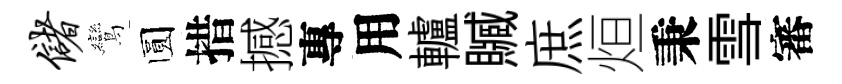
储鸞圆措撼專用轤贓庶烜秉雪審